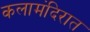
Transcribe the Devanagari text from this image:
कलामंदिरात